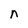
Character: n